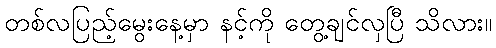
တစ်လပြည့်မွေးနေ့မှာ နင့်ကို တွေ့ချင်လှပြီ သိလား။